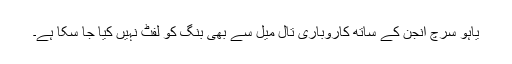
یاہو سرچ انجن کے ساتھ کاروباری تال میل سے بھی بِنگ کو لفٹ نہیں کیا جا سکا ہے۔